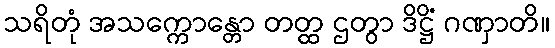
သရိတုံ အသက္ကောန္တော တတ္ထ ဌတွာ ဒိဋ္ဌိံ ဂဏှာတိ။